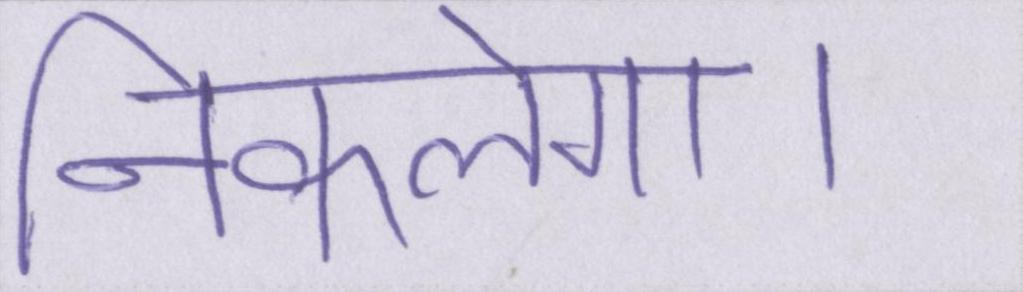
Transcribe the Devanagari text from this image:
निकलेगा।